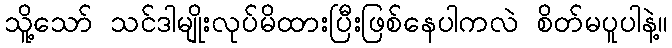
သိူ့သော် သင်ဒါမျိုးလုပ်မိထားပြီးဖြစ်နေပါကလဲ စိတ်မပူပါနဲ့။